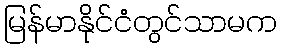
မြန်မာနိုင်ငံတွင်သာမက